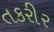
તકરીર